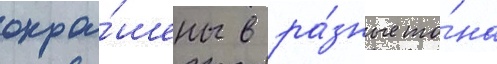
окра́шены в ра́зные то́на